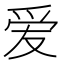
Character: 爱